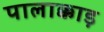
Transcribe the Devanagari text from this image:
पालाक्काड़